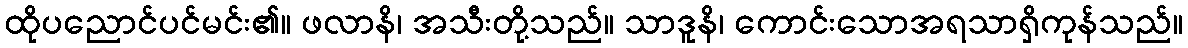
ထိုပညောင်ပင်မင်း၏။ ဖလာနိ၊ အသီးတို့သည်။ သာဒူနိ၊ ကောင်းသောအရသာရှိကုန်သည်။